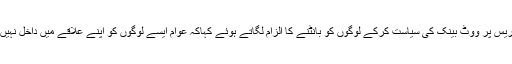
مودی نے کانگریس پر ووٹ بینک کی سیاست کرکے لوگوں کو بانٹنے کا الزام لگاتے ہوئے کہاکہ عوام ایسے لوگوں کو اپنے علاقے میں داخل نہیں ہونے دیں گے۔